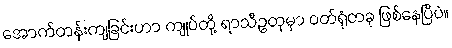
အောက်တန်းကျခြင်းဟာ ကျုပ်တို့ ရာသီဥတုမှာ ဝတ်ရုံတခု ဖြစ်နေပြီပဲ။